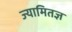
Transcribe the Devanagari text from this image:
ज्यामितज्ञ